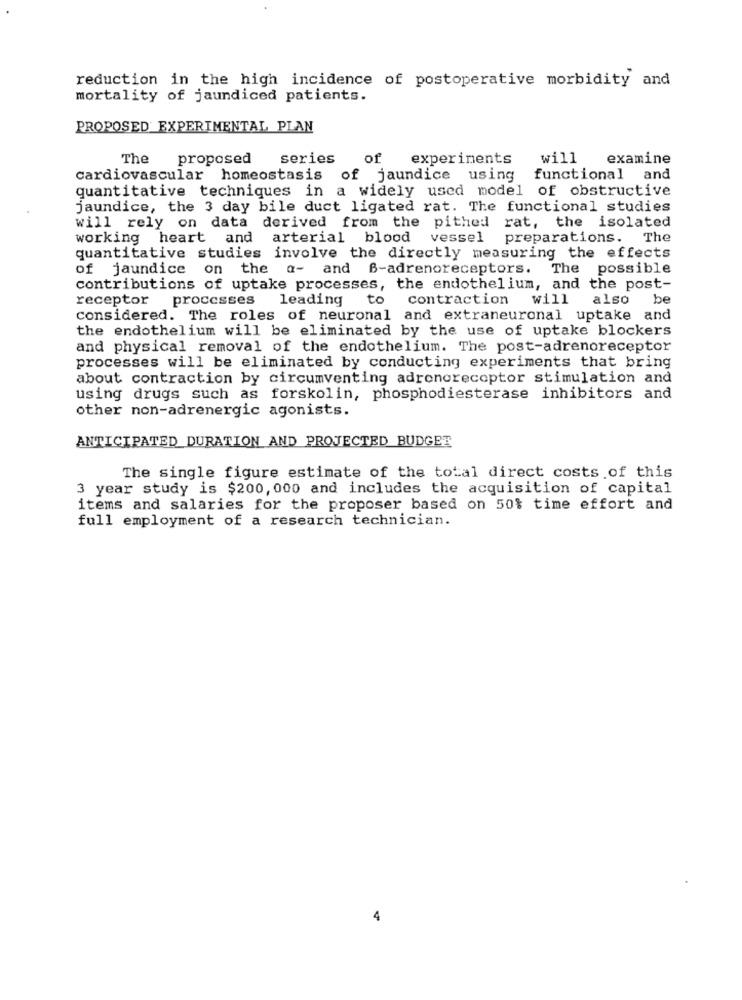
reduction in the high incidence of postoperative morbidity and
mortality of jaundiced patients.
PROPOSED EXPERIMENTAL PLAN
The
proposed
series
of
experiments
will
examine
cardiovascular homeostasis of jaundice using
functional and
quantitative techniques in a widely used model of obstructive
jaundice, the 3 day bile duct ligated rat. The functional studies
will rely on data derived from the pithed rat, the isolated
working heart and arterial blood
vessel preparations. The
quantitative studies involve the directly measuring the effects
of jaundice on the
a- and B-adrenoreceptors. The possible
contributions of uptake processes, the endothelium, and the post-
receptor processes
leading
to
contraction will
also
be
considered. The roles of neuronal and extraneuronal uptake and
the endothelium will be eliminated by the use of uptake blockers
and physical removal of the endothelium. The post-adrenoreceptor
processes will be eliminated by conducting experiments that bring
about contraction by circumventing adrenoreceptor stimulation and
using drugs such as forskolin, phosphodiesterase inhibitors and
other non-adrenergic agonists.
ANTICIPATED DURATION AND PROJECTED BUDGET
The single figure estimate of the total direct costs of this
3 year study is $200, 000 and includes the acquisition of capital
items and salaries for the proposer based on 50% time effort and
full employment of a research technician.